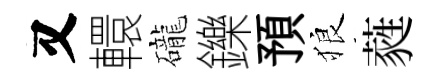
又轘礲鑠預狼蕤